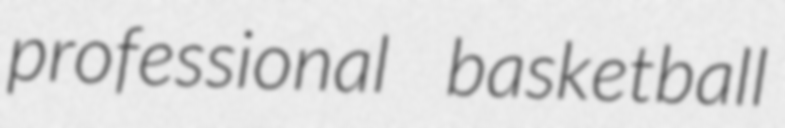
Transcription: professional basketball